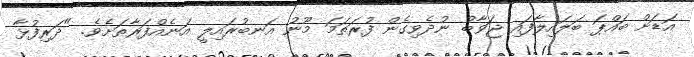
އަޑަށް ބައްޕަ ބަލައިލާފައި ޖަވާބު ނުދެވިގެން ފުރަތަމަ މޫނު އަނބުރައިލީ އަނެއްފަރާތަށެވެ. "ދަރިފުޅާ